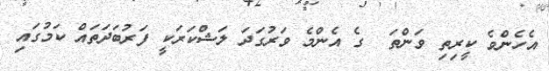
އެހެންވެ ކީރިތި ވަންތަ  ގެ އެންމެ ވަރުގަދަ ލަޝްކަރަކީ ފަރުބަދަތައް ކަމުގައި